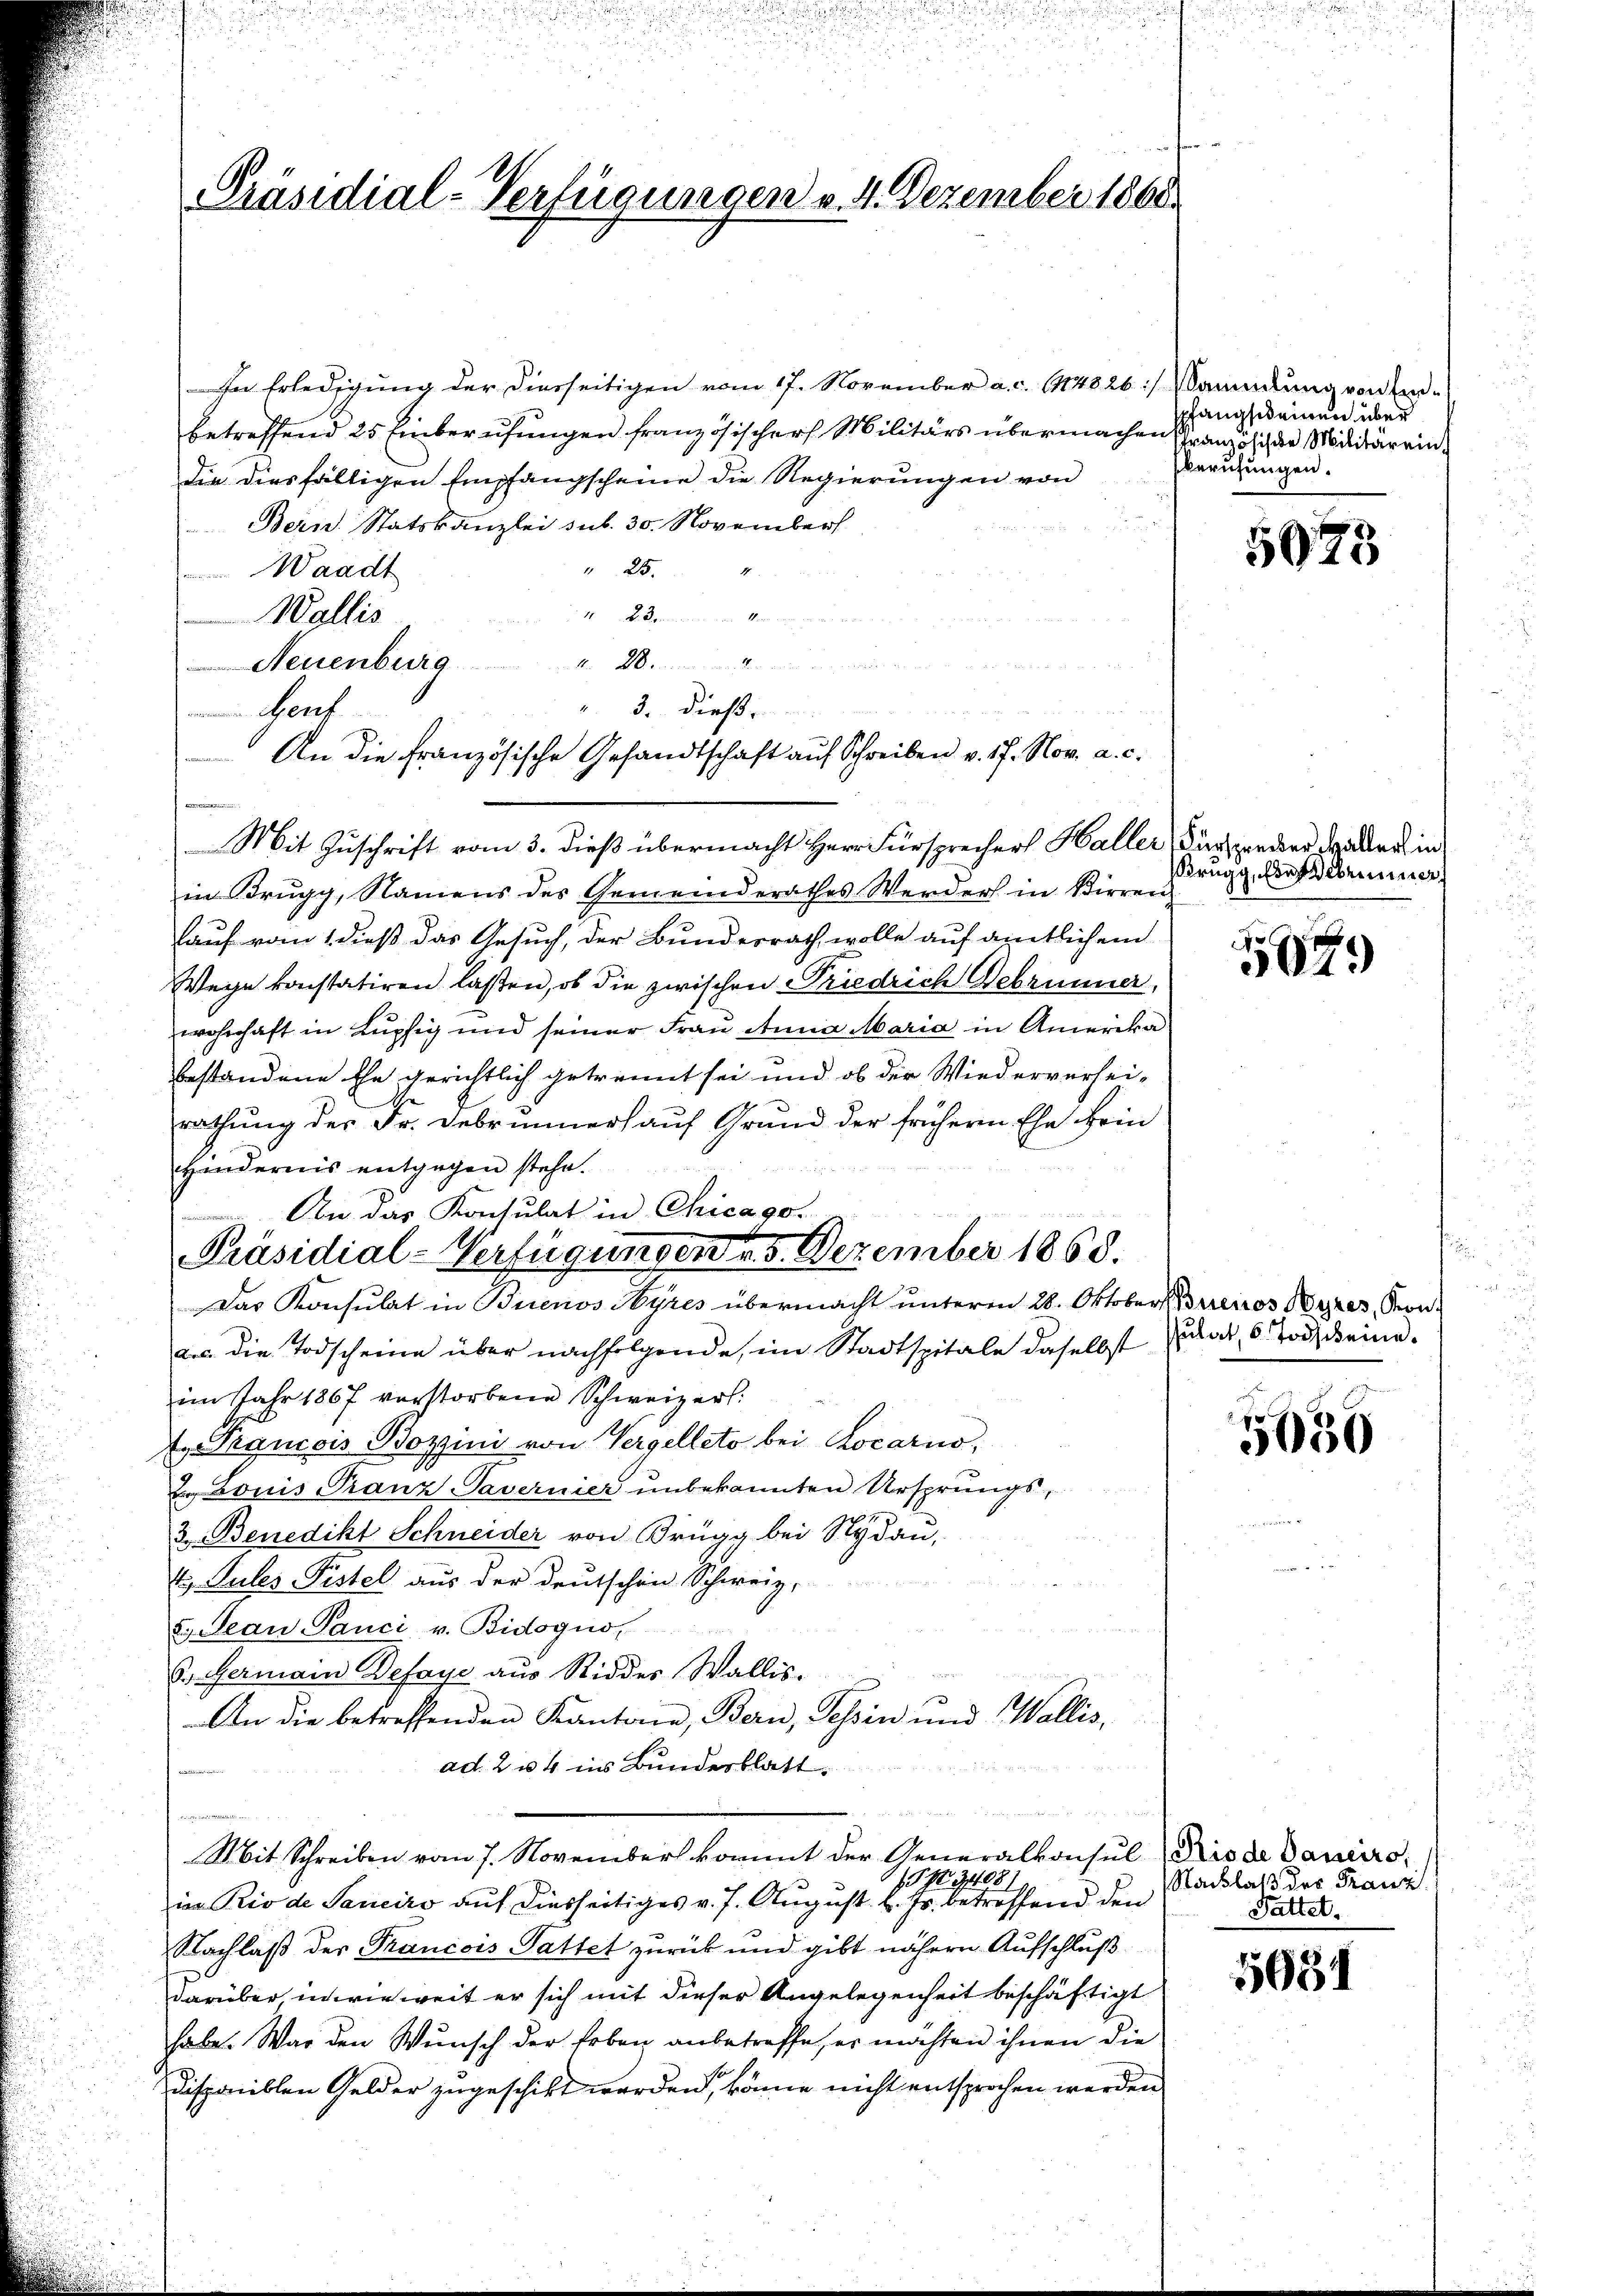
¬
Präsidial-Verfügungen v. 4. Dezember 1860

In Erledigung der diesseitigen vom 17. November a. c. 114826) Sammlung von Einbetreffend 25 Einberufungen französischer Militärs übermachen Französich der Militärrin¬
Die diesfälligen Empfangscheine die Regierungen von
Bern. Statskanzlei sub. 30. November
 254
 Waadt
23
Kan
Wallis
Neuenburg
Sent
Mit Zuschrift vom 3. dieß übermacht Herr Fürsprechers Haller
in Brugg, Namens des Gemeinderathes Werders in Birren
lauf vom 1 dieß das Gesuch, der Bundesrath, wolle auf amtlichem
Wege konstatiren laßen, ob die zwischen Friedrich Debrunner,
wohnhaft in Lupfig und seiner Frau Anna Maria in Amerika
bestandene Ehe gerichtlich getrennt sei und ob der Wiederverhei-
rathung der Dr. Februnners auf Grund der früheren Ehe kein
Hindernis entgegen stehe.
An das Konsulat in Chicago.
Präsidial-Verfügungen v. 5. Dezember 1868.
Das Konsulat in Birenos Ayres übermacht unterm 28. Oktober Borcios Ayres, Kona. die Todscheine über nachfolgende, im Stadtspitale daselbst
im Jahr 1867 verstorbene Schweizer.
E Prancois Bozzini von Vergelleto bei Locarno,
E Louis Franz Tavernier unbekannten Ursprungs
3. Benedikt Schneider von Brugg bei Nydau,
43. Sules Pistel aus der Deutschen Schweiz,
8.) Jean Pauci v. Bidogno
B. Germain Defaye aus Riddes Wallis.
An die betreffenden Kantone, Bern, Tessin und Wallis,
ad. 204 ins Bunderblatt.
Mit Schreiben vom 7. November kommt der Generalkonsul-
1513081
in Rio de Sanciro auf diesseitiges v. 7. August l. Js. betreffend den
Nachlaß der Francois Pattet zurück und gibt nähern Aufschluß
darüber, in wie weit er sich mit dieser Angelegenheit beschäftigt
habe. War den Wunsch der Erben anbetreffe, er möchten ihnen die
Disponiblen Gelder zugeschickt worden, könne nicht entsprochen werden.

Wonnen werden au
". 3. dieß
An die französische Gesandtschaft auf Schreiben v. 17. Nov. a. c.

spfangscheinen über
berufungen.

5075

Fürsprecher Hallerlin
Brugg, Eier Debrunner

1899

sulat, 5. Tod keine

5636

Rio de Daneiro,
Nachlaß der Franz
Pattet.

5934